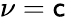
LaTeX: \nu=\mathsf{c}